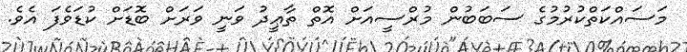
މަސައްކަތްކުރުމުގެ ސަބަބުން މުރްސީއަށް އޮތް ތާޢީދު ވަނީ ވަރަށް ބޮޑަށް ކުޑަވެފަ އެވެ.